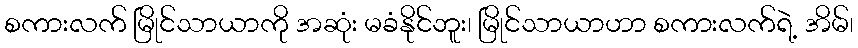
စကားလက် မြိုင်သာယာကို အဆုံး မခံနိုင်ဘူး၊ မြိုင်သာယာဟာ စကားလက်ရဲ့ အိမ်၊